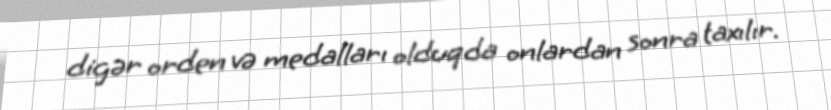
digər orden və medalları olduqda onlardan sonra taxılır.